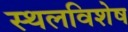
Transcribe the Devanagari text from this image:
स्थलविशेष